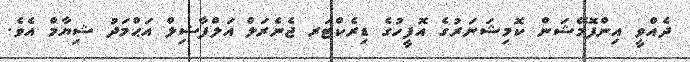
ދެއްވީ އިންފޮމޭޝަން ކޮމިޝަނަރުގެ އޮފީހުގެ ޑިރެކްޓަރ ޖެނެރަލް އަލްފާޟިލް އަޙްމަދު ޝިޔާމް އެވެ.